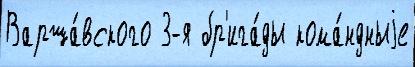
Варша́вского 3-я бр'ига́ды кома́ндныjе